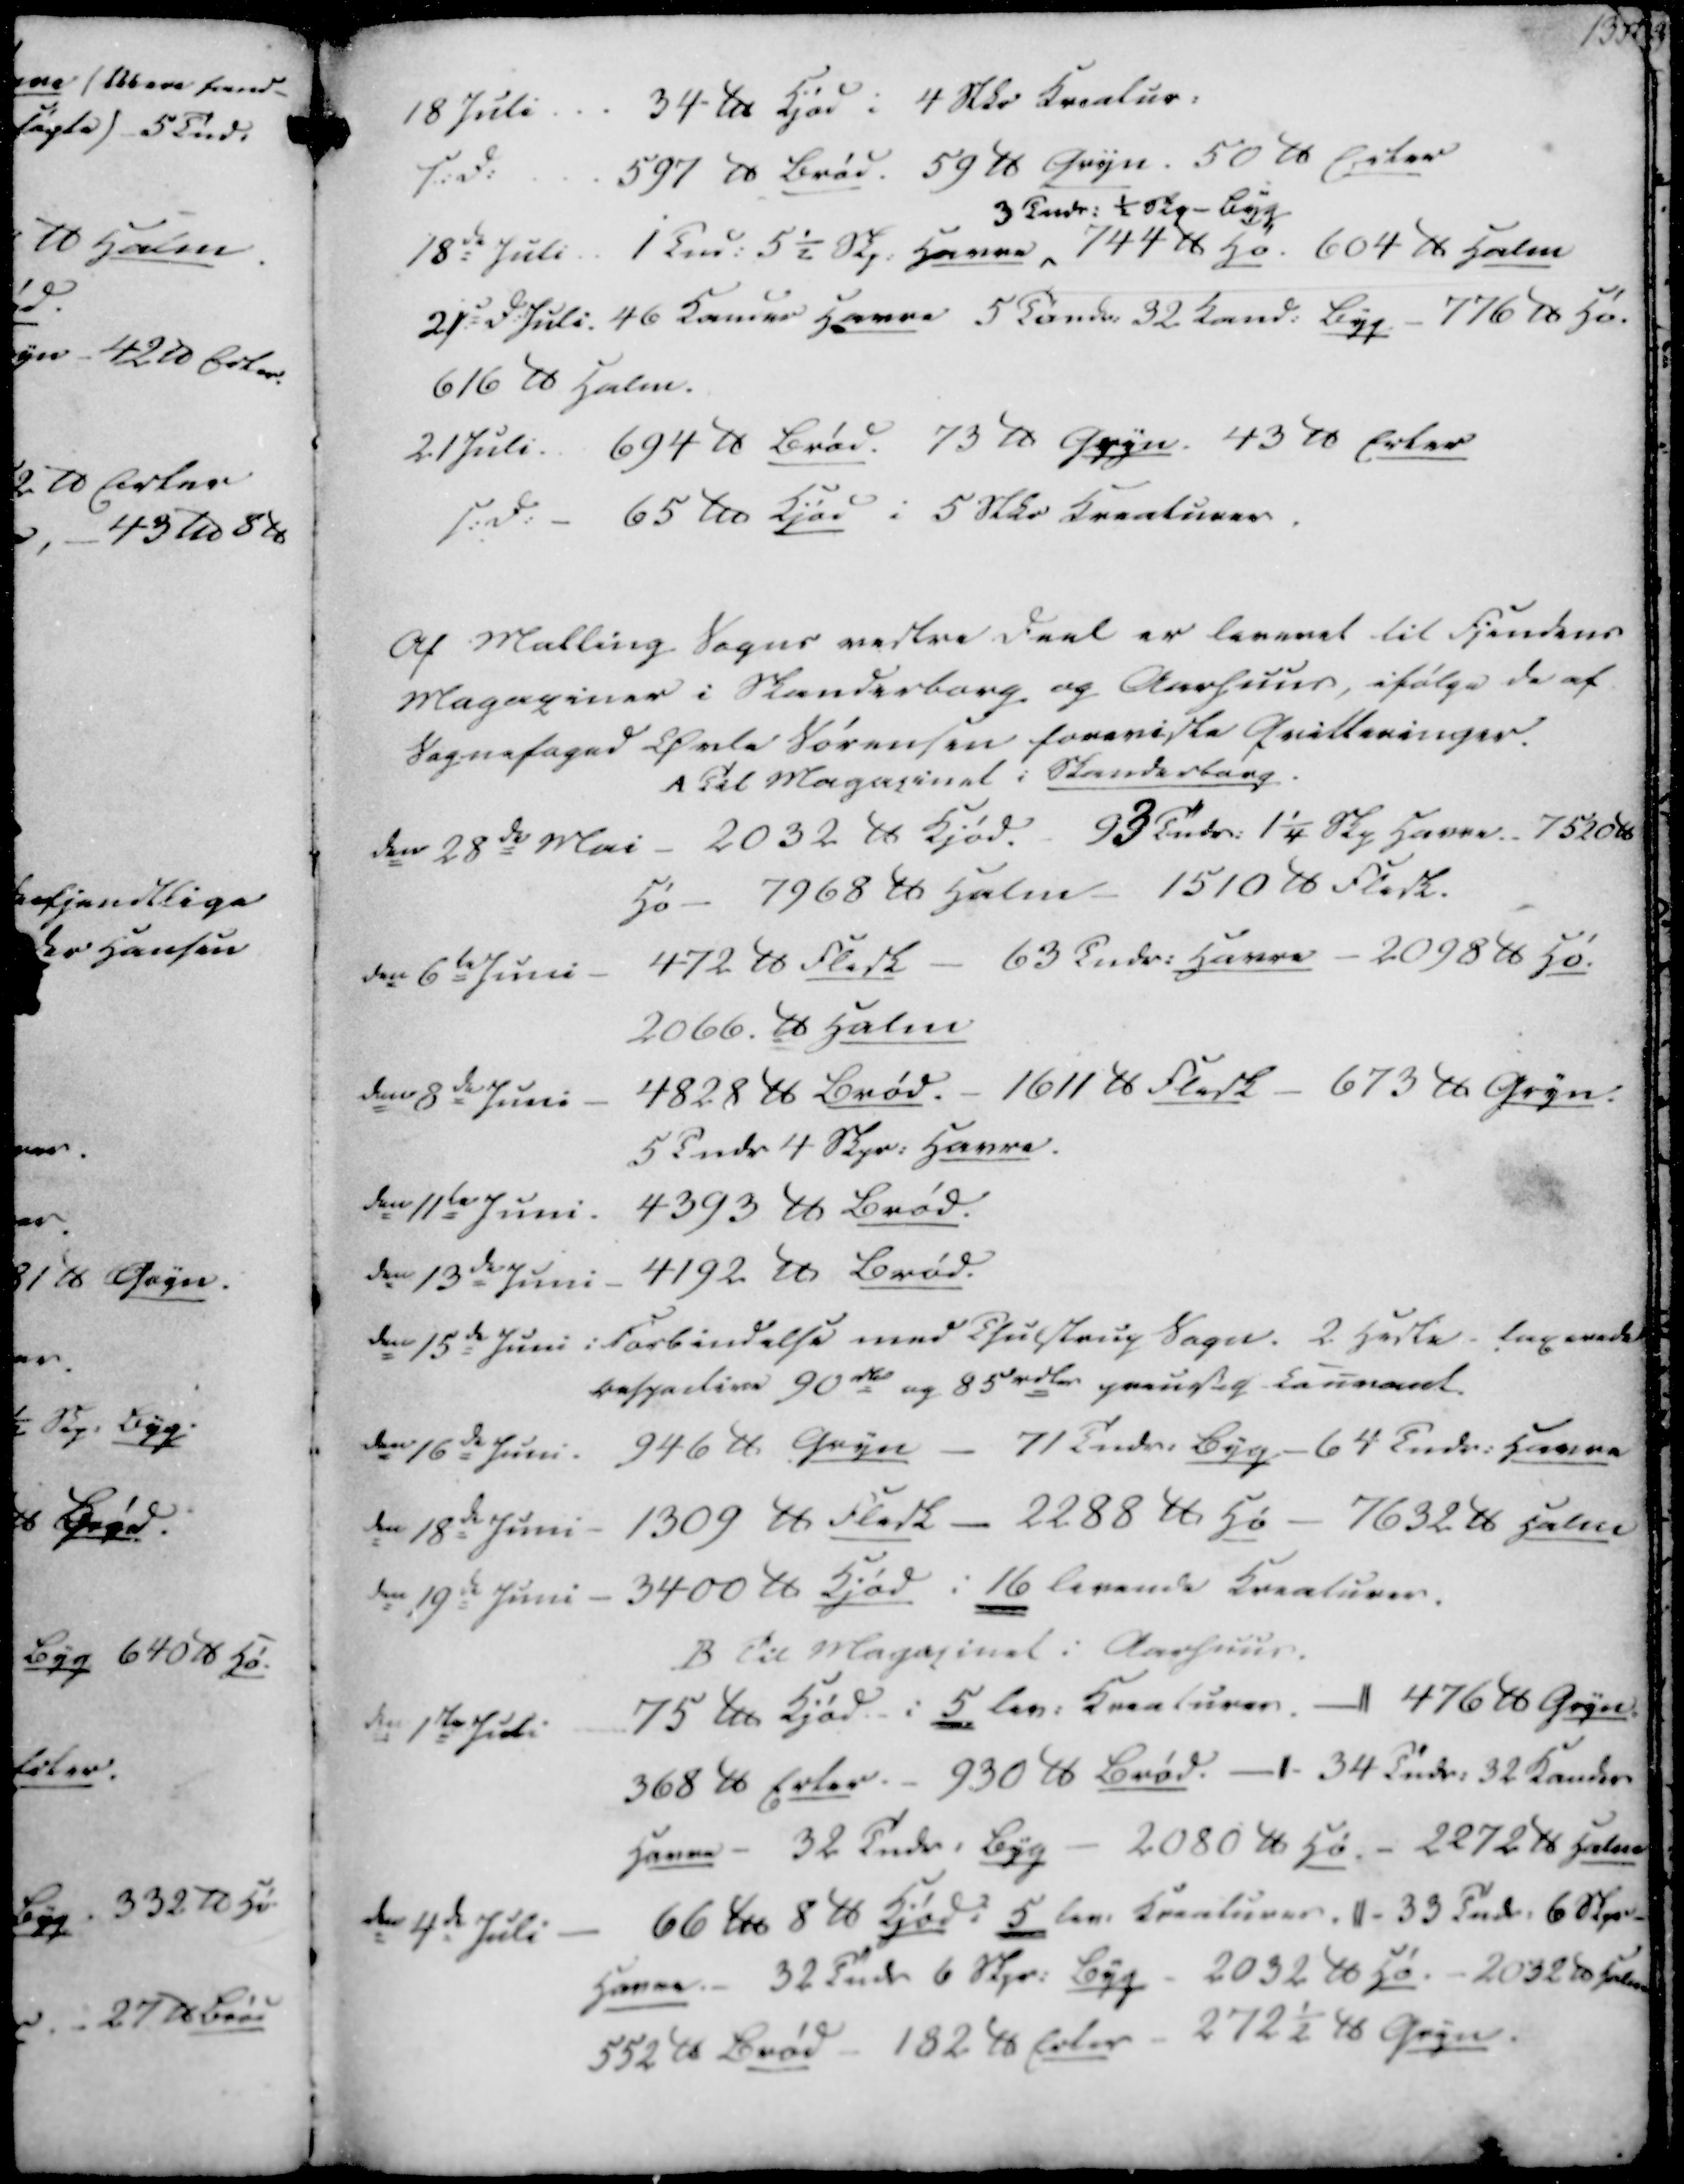
Transskription:
18 Juli
34 ℔ Kjød i 4 Stkr Kreatur
s.D.
597 ℔ Brød. 59 ℔ Gryn. 50 ℔ Erter
18de Juli
1 Tnd. 5½ Skp. Havre
3 Tndr. ½ Skp - Byg
744 ℔ Hø. 604 ℔ Halm
21d Juli. 46 Kander Havre 5 Tøndr. 32 Kand. Byg - 776 ℔ Hø.
616 ℔ Halm.
21 Juli. 694 ℔ Brød. 75 ℔ Gryn. 43 ℔ Erter
s.D. - 65 ℔ Kjød i 5 Stkr Kreaturer

Af Malling Sogns vestre Deel er leveret til Fjendens
Magaciner i Skanderborg og Aarhuus, ifølge de af
Sognefoged Øvle Sørensen foreviste Qvitteringer.
A Til Magacinet i Skanderborg

den 28de Mai - 2032 ℔ Kjød. - 93 Tndr. 1¼ Skp Havre. 7520 ℔
Hø - 7968 ℔ Halm - 1510 ℔ Flesk.
den 6te Juni
472 ℔ Flesk - 63 Tndr. Havre - 2098 ℔ Hø
2066 ℔ Halm
den 8de Juni
4828 ℔ Brød. - 1611 ℔ Flesk - 673 ℔ Gryn.
5 Tndr 4 Skpr. Havre.
den 11te Juni. 4393 ℔ Brød.
den 13de Juni - 4192 ℔ Brød.

den 15de Juni i Forbindelse med Thulstrup Sogn. 2 Heste - taxenede
bespadire 90 rdler og 85 rdler preuskeg Caunaret.
den 16de Juni. 946 ℔ Gryn - 71 Tndr. Byg - 64 Tndr. Havre
den 18de Juni - 1309 ℔ Flesk - 2288 ℔ Hø - 7632 ℔ Halm
den 19de Juni - 3400 ℔ Kjød i 16 levende Kreaturer.
B til Magacinet i Aarhuus.
den 1ste Juli
75 ℔ Kjød i 5 lev. Kreaturer.
476 ℔ Gryn
368 ℔ Erter. - 930 ℔ Brød.
34 Tndr. 32 Kander
Havre - 32 Tndr. Byg - 2080 ℔ Hø. - 2272 ℔ Halm
den 4de Juli
66 ℔ 8 ℔ Kjød i 5 lev. Kreaturer
33 Tndr. 6 Skpr
Havre.- 32 Tndr 6 Skpr. Byg - 2032 ℔ Hø. - 2032 ℔ Halm
552 ℔ Brød - 182 ℔ Erter - 272½ ℔ Gryn.